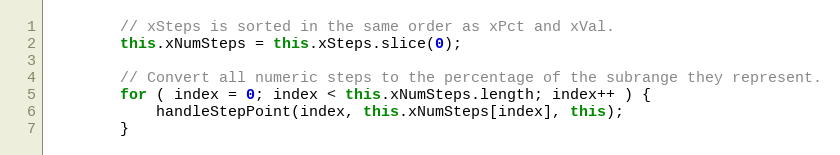
Language: JavaScript
        // xSteps is sorted in the same order as xPct and xVal.
        this.xNumSteps = this.xSteps.slice(0);

        // Convert all numeric steps to the percentage of the subrange they represent.
        for ( index = 0; index < this.xNumSteps.length; index++ ) {
            handleStepPoint(index, this.xNumSteps[index], this);
        }